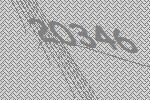
20346